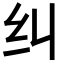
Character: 纠